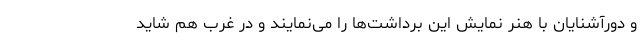
و دورآشنایان با هنر نمایش این برداشت‌ها را می‌نمایند و در غرب هم شاید